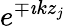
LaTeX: e^{\mp\imath kz_{j}}